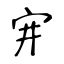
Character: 宑